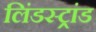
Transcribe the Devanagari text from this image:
लिंडस्ट्रांड